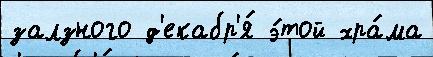
залзного д'екабр'я́ э́той хра́ма